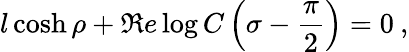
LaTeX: l\cosh\rho+\Re e\log C\left(\sigma-\displaystyle\frac{\pi}{2}\right)=0\: ,